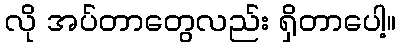
လို အပ်တာတွေလည်း ရှိတာပေါ့။